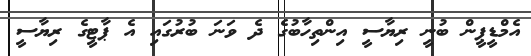
އެމްޑީޕީން ބުނީ ރިޔާސީ އިންތިހާބުގެ ދެ ވަނަ ބުރުގައި އެ ޕާޓީގެ ރިޔާސީ